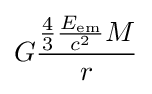
G{\frac {{\frac {4}{3}}{\frac {E_{\mathrm {em} }}{c^{2}}}M}{r}}